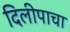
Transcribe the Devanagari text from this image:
दिलीपाचा